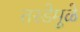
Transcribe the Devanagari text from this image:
तरडेमुळे